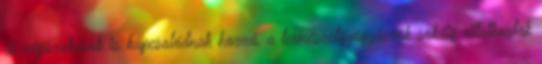
és népszokások is kapcsolódnak hozzá, a természetgyógyászok sokáig vitatkoztak